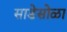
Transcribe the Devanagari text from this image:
साडेसोळा